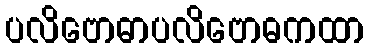
ပလိဗောဓာပလိဗောဓကထာ